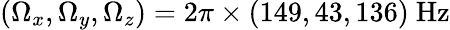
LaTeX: (\Omega_{x},\Omega_{y},\Omega_{z})=2\pi\times(149,43,136)~\mathrm{{Hz}}